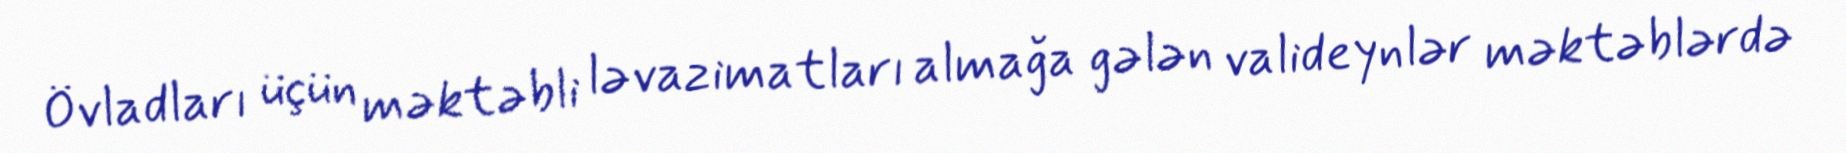
Övladları üçün məktəbli ləvazimatları almağa gələn valideynlər məktəblərdə